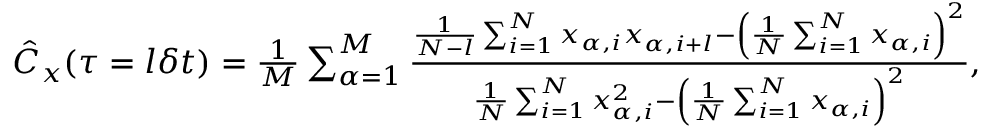
\begin{array} { r } { \hat { C } _ { x } ( \tau = l \delta t ) = \frac { 1 } { M } \sum _ { \alpha = 1 } ^ { M } \frac { \frac { 1 } { N - l } \sum _ { i = 1 } ^ { N } x _ { \alpha , i } x _ { \alpha , i + l } - \left( \frac { 1 } { N } \sum _ { i = 1 } ^ { N } x _ { \alpha , i } \right) ^ { 2 } } { \frac { 1 } { N } \sum _ { i = 1 } ^ { N } x _ { \alpha , i } ^ { 2 } - \left( \frac { 1 } { N } \sum _ { i = 1 } ^ { N } x _ { \alpha , i } \right) ^ { 2 } } , } \end{array}